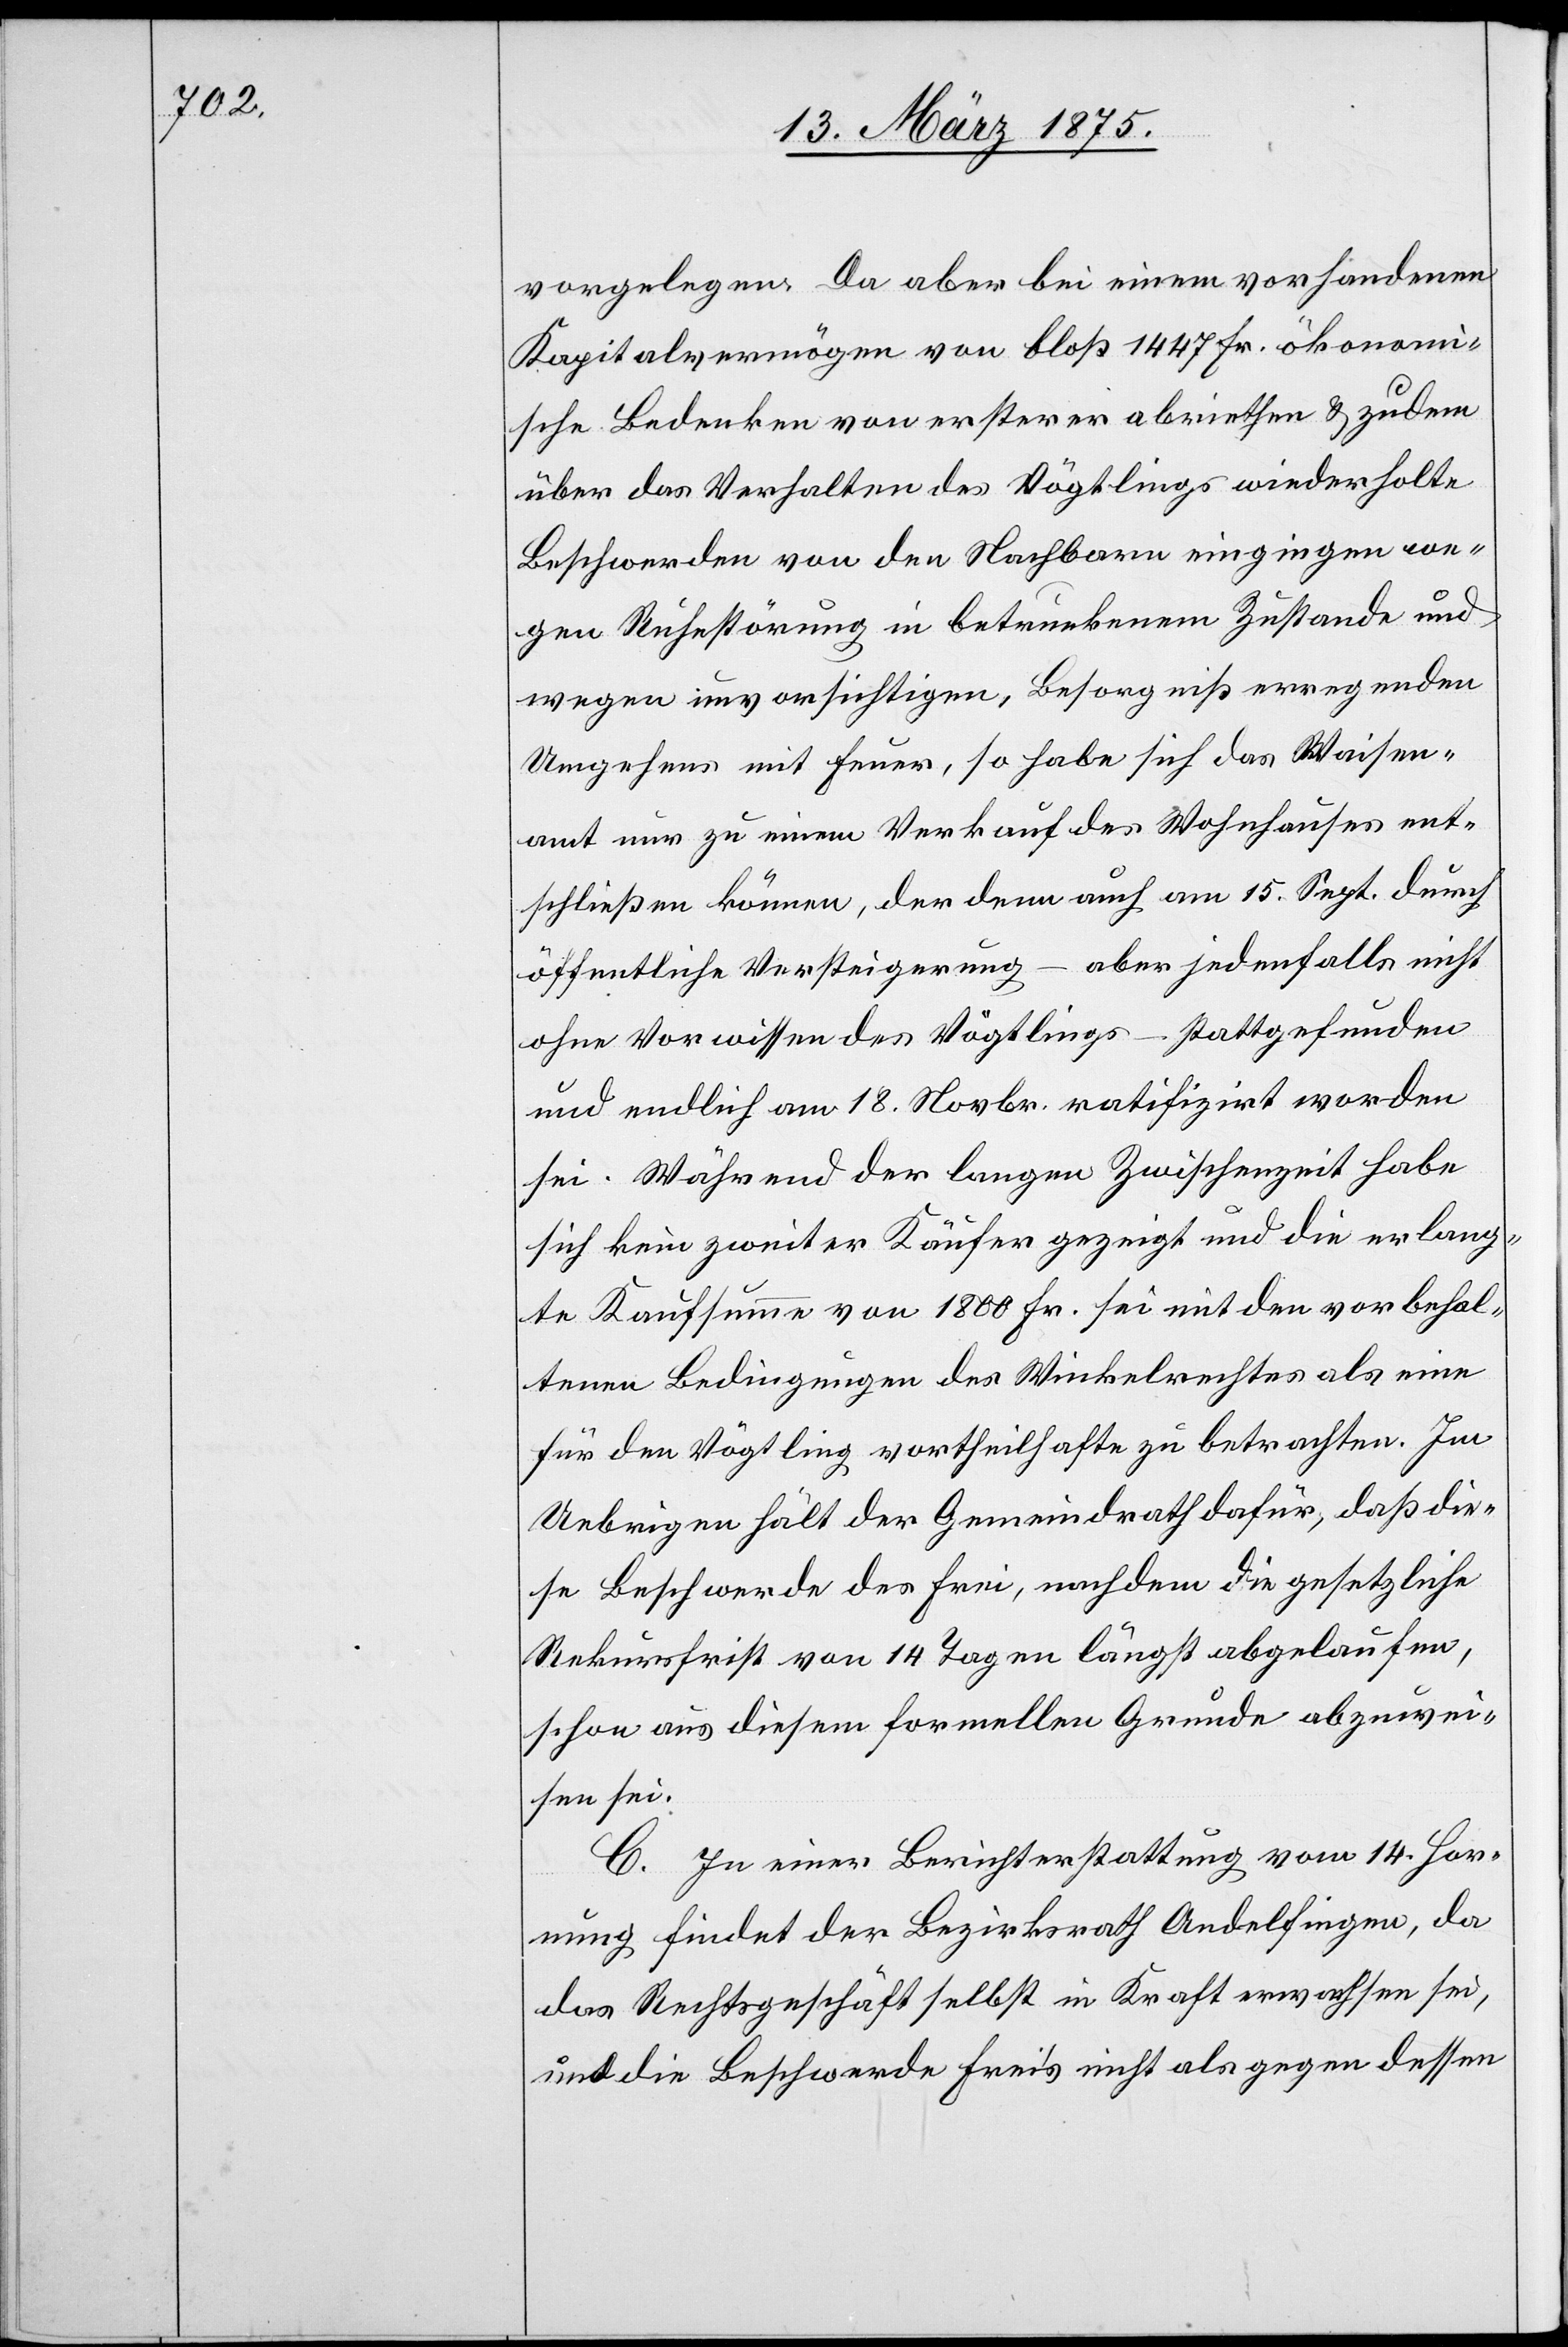
vorgelegen. Da aber bei einem vorhandenen
Kapitalvermögen von bloß 1447 Fr. ökonomi¬
sche Bedenken von ersterer abriethen & zudem
über das Verhalten des Vögtlings wiederholte
Beschwerde von den Nachbarn eingingen we¬
gen Ruhestörung in betrunkenem Zustande und
wegen unvorsichtigen, Besorgniß erregenden
Umgehens mit Feuer, so habe sich das Waisen¬
amt nur zu einem Verkauf des Wohnhauses ent¬
schließen können, der denn auch am 15. Sept. durch
öffentliche Versteigerung – aber jedenfalls nicht
ohne Vorwissen des Vögtlings – stattgefunden
und endlich am 18. Novbr. ratifizirt worden
sei. Während der langen Zwischenzeit habe
sich kein zweiter Käufer gezeigt und die erlang¬
te Kaufsumme von 1800 Fr. sei mit den vorbehal¬
tenen Bedingungen des Winkelrechtes als eine
für den Vögtling vortheilhafte zu betrachten. Im
Uebrigen hält der Gemeindrath dafür, daß die¬
se Beschwerde des Frei, nachdem die gesetzliche
Rekursfrist von 14 Tagen längst abgelaufen,
schon aus diesem formellen Grunde abzuwei¬
sen sei.
C. In einer Berichterstattung vom 14. Hor¬
nung findet der Bezirksrath Andelfingen, da
das Rechtsgeschäft selbst in Kraft erwachsen sei,
und die Beschwerde Frei’s nicht als gegen dessen